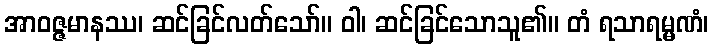
အာဝဇ္ဇမာနဿ၊ ဆင်ခြင်လတ်သော်။ ဝါ၊ ဆင်ခြင်သောသူ၏။ တံ ရသာရမ္မဏံ၊